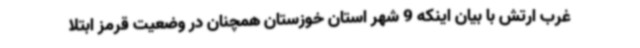
غرب ارتش با بیان اینکه 9 شهر استان خوزستان همچنان در وضعیت قرمز ابتلا